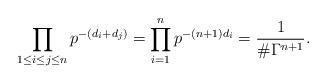
LaTeX: \begin{align*}\prod_{1\le i \le j \le n} p^{-(d_i + d_j)} = \prod_{i=1}^n p^{-(n+1) d_i} = \frac{1}{\# \Gamma^{n+1}}.\end{align*}